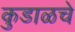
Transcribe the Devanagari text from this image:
कुडाळचे